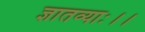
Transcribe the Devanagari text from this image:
ज्ञातव्याः।।